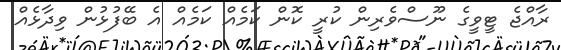
ރާއްޖެ ޓީވީގެ ނޫސްވެރިން ކުރީ ކޮން ކަމެއް ކަމެއް އެ ބޭފުޅުން ވިދާޅެއް